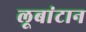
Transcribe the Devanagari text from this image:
लूबांटान